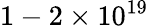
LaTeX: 1-2\times 10^{19}